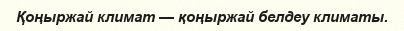
Қоңыржай климат — қоңыржай белдеу климаты.